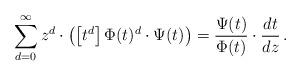
LaTeX: \begin{align*}\sum_{d=0}^{\infty} z^d\cdot \left(\left[t^d\right] \Phi(t)^{d}\cdot \Psi(t)\right)=\frac{\Psi(t)}{\Phi(t)} \cdot \frac{dt}{dz}\, .\end{align*}